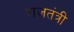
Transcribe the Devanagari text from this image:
राजतंत्री